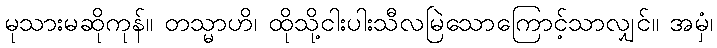
မုသားမဆိုကုန်။ တသ္မာဟိ၊ ထိုသို့ငါးပါးသီလမြဲသောကြောင့်သာလျှင်။ အမှံ၊